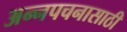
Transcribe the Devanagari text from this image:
अन्‍नपचनासाठी